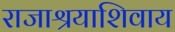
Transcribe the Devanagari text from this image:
राजाश्रयाशिवाय